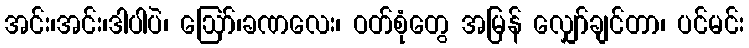
အင်း၊အင်း၊ဒါပါပဲ၊ ဩော်၊ခဏလေး၊ ဝတ်စုံတွေ အမြန် လျှော်ချင်တာ၊ ပင်မင်း